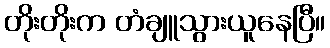
တိုးတိုးက တံချူသွားယူနေပြီ။